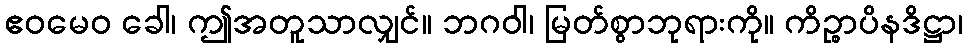
ဧဝမေဝ ခေါ၊ ဤအတူသာလျှင်။ ဘဂဝါ၊ မြတ်စွာဘုရားကို။ ကိဉ္စာပိနဒိဋ္ဌာ၊